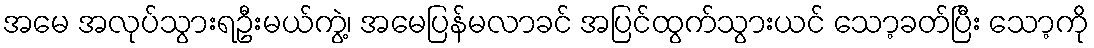
အမေ အလုပ်သွားရဦးမယ်ကွဲ့၊ အမေပြန်မလာခင် အပြင်ထွက်သွားယင် သော့ခတ်ပြီး သော့ကို